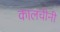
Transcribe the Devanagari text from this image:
कालचीनी